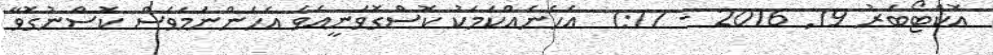
އޮކްޓޯބަރު 19